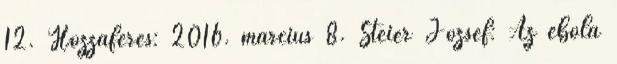
12. Hozzáférés: 2016. március 8. Steier József: Az ebola